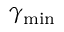
\gamma _ { \mathrm { m i n } }